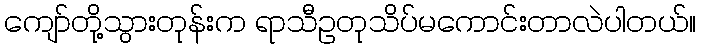
ကျော်တို့သွားတုန်းက ရာသီဥတုသိပ်မကောင်းတာလဲပါတယ်။